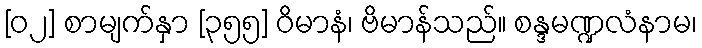
[၀၂] စာမျက်နှာ [၃၅၅] ဝိမာနံ၊ ဗိမာန်သည်။ စန္ဒမဏ္ဍလံနာမ၊